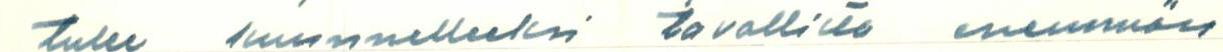
tulee kuunnelleeksi tavallista enemmän